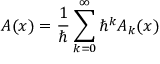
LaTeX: A ( x ) = { \frac { 1 } { \hbar } } \sum _ { k = 0 } ^ { \infty } \hbar ^ { k } A _ { k } ( x )